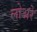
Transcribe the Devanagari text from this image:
लोअरे